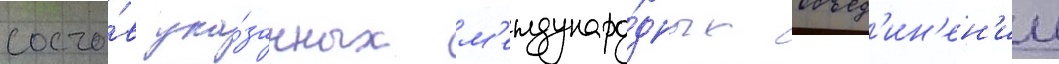
соста́в ука́занных м'еждунаро́дных объед'ин'ен'ии